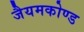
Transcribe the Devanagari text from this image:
जैयमकोण्ड